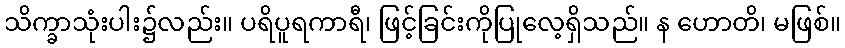
သိက္ခာသုံးပါး၌လည်း။ ပရိပူရကာရီ၊ ဖြင့်ခြင်းကိုပြုလေ့ရှိသည်။ န ဟောတိ၊ မဖြစ်။